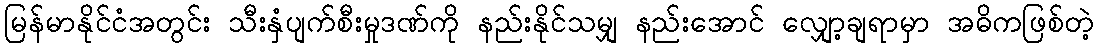
မြန်မာနိုင်ငံအတွင်း သီးနှံပျက်စီးမှုဒဏ်ကို နည်းနိုင်သမျှ နည်းအောင် လျှော့ချရာမှာ အဓိကဖြစ်တဲ့